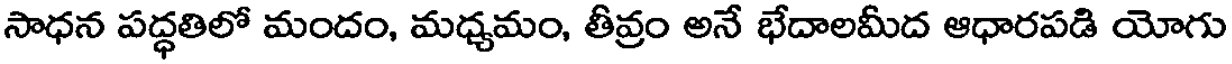
సాధన పద్ధతిలో మందం, మధ్యమం, తీవ్రం అనే భేదాలమీద ఆధారపడి యోగు